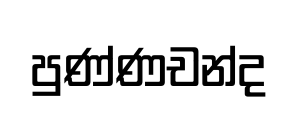
පුණ්ණචන්ද